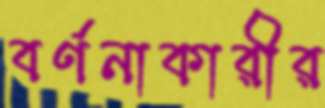
বর্ণনাকারীর